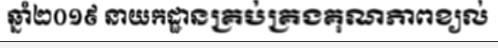
ឆ្នាំ២០១៩ នាយកដ្ឋានគ្រប់គ្រងគុណភាពខ្យល់